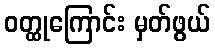
ဝတ္ထုကြောင်း မှတ်ဖွယ်